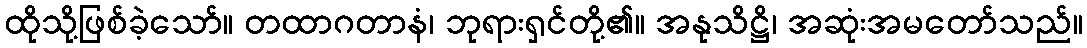
ထိုသို့ဖြစ်ခဲ့သော်။ တထာဂတာနံ၊ ဘုရားရှင်တို့၏။ အနုသိဋ္ဌိ၊ အဆုံးအမတော်သည်။